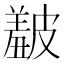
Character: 𥀞